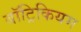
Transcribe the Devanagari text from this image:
बॉट्रिकियम